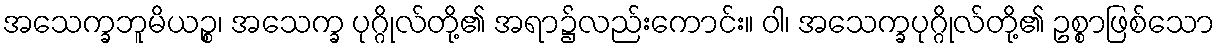
အသေက္ခဘူမိယဉ္စ၊ အသေက္ခ ပုဂ္ဂိုလ်တို့၏ အရာ၌လည်းကောင်း။ ဝါ၊ အသေက္ခပုဂ္ဂိုလ်တို့၏ ဥစ္စာဖြစ်သော